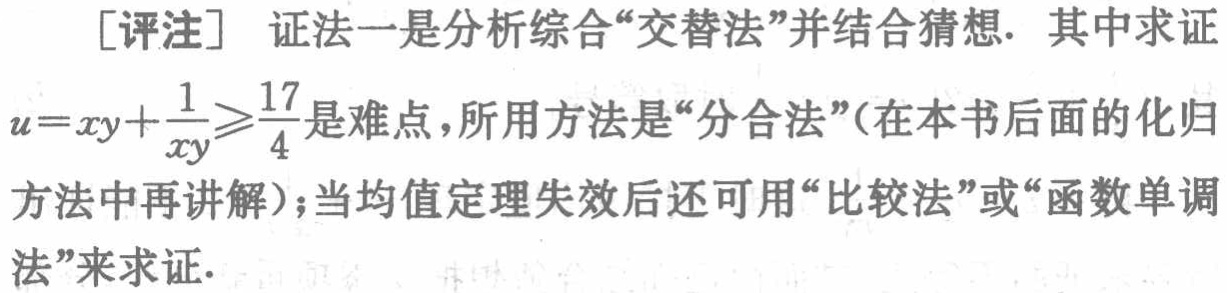
[评注] 证法一是分析综合“交替法”并结合猜想. 其中求证

\(u = xy+\frac{1}{xy}\geqslant\frac{17}{4}\)是难点，所用方法是“分合法”(在本书后面的化归

方法中再讲解)；当均值定理失效后还可用“比较法”或“函数单调

法”来求证.